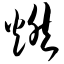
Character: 燃